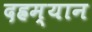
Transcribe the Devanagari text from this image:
दह्रम्यान